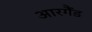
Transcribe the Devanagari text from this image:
आरगैंड